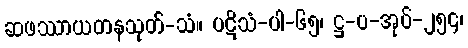
ဆဖဿာယတနသုတ်-သံ။ ပဋိသံ-ပါ-၆၅၊ ဋ္ဌ-ပ-အုပ်-၂၅၄၊